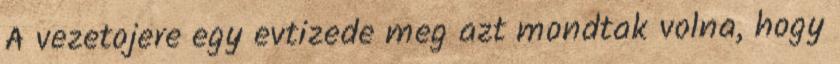
A vezetojere egy evtizede meg azt mondtak volna, hogy